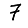
Digit: 7